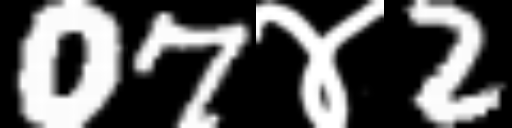
Text: 07४2